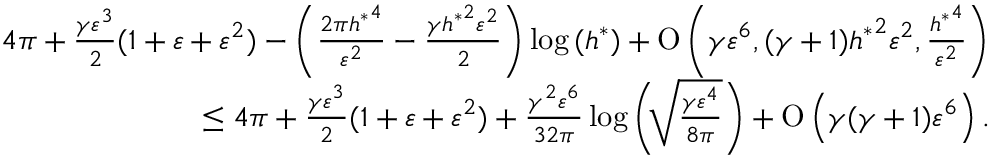
\begin{array} { r } { 4 \pi + \frac { \gamma \varepsilon ^ { 3 } } { 2 } ( 1 + \varepsilon + \varepsilon ^ { 2 } ) - \left( \frac { 2 \pi { h ^ { \ast } } ^ { 4 } } { \varepsilon ^ { 2 } } - \frac { \gamma { h ^ { \ast } } ^ { 2 } \varepsilon ^ { 2 } } { 2 } \right) \log { ( h ^ { \ast } ) } + \ensuremath { \operatorname { O } \left( \gamma \varepsilon ^ { 6 } , ( \gamma + 1 ) { h ^ { \ast } } ^ { 2 } \varepsilon ^ { 2 } , \frac { { h ^ { \ast } } ^ { 4 } } { \varepsilon ^ { 2 } } \right) } } \\ { \leq 4 \pi + \frac { \gamma \varepsilon ^ { 3 } } { 2 } ( 1 + \varepsilon + \varepsilon ^ { 2 } ) + \frac { \gamma ^ { 2 } \varepsilon ^ { 6 } } { 3 2 \pi } \log { \left( \sqrt [ ] { \frac { \gamma \varepsilon ^ { 4 } } { 8 \pi } } \right) } + \ensuremath { \operatorname { O } \left( \gamma ( \gamma + 1 ) \varepsilon ^ { 6 } \right) } . } \end{array}